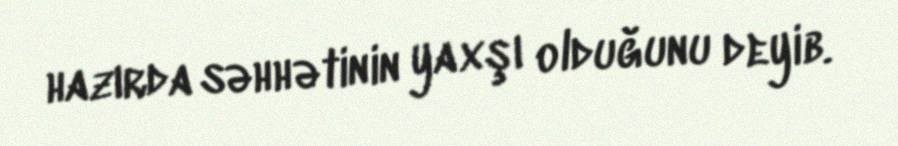
hazırda səhhətinin yaxşı olduğunu deyib.